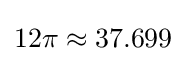
12\pi \approx 37.699